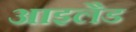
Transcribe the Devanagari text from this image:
आइलैड